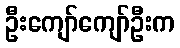
ဦးကျော်ကျော်ဦးက